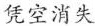
凭空消失